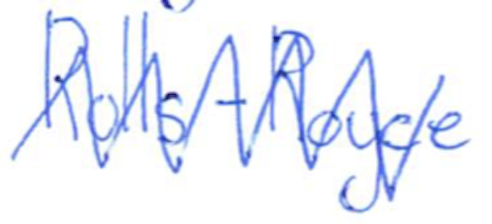
Text: Rolls-Royce
Cross-out: zig-zag
Writing tool: ballpoint